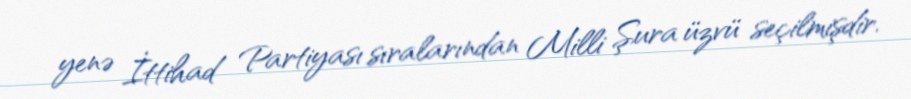
yenə İttihad Partiyası sıralarından Milli Şura üzvü seçilmişdir.